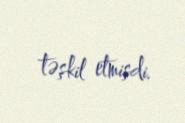
təşkil etmişdi.